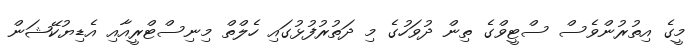
މީގެ އިތުރުންވެސް ސްޓީވްގެ ތިން ދުވަހުގެ މި ދަތުރުފުޅުގައި ހެލްތް މިނިސްޓްރީއާއި އެޑިޔުކޭޝަން